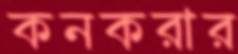
কনকরার